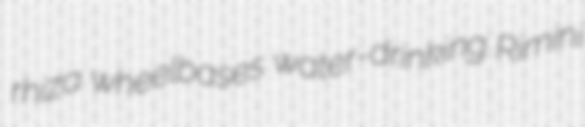
rhiza wheelbases water-drinking Rimini